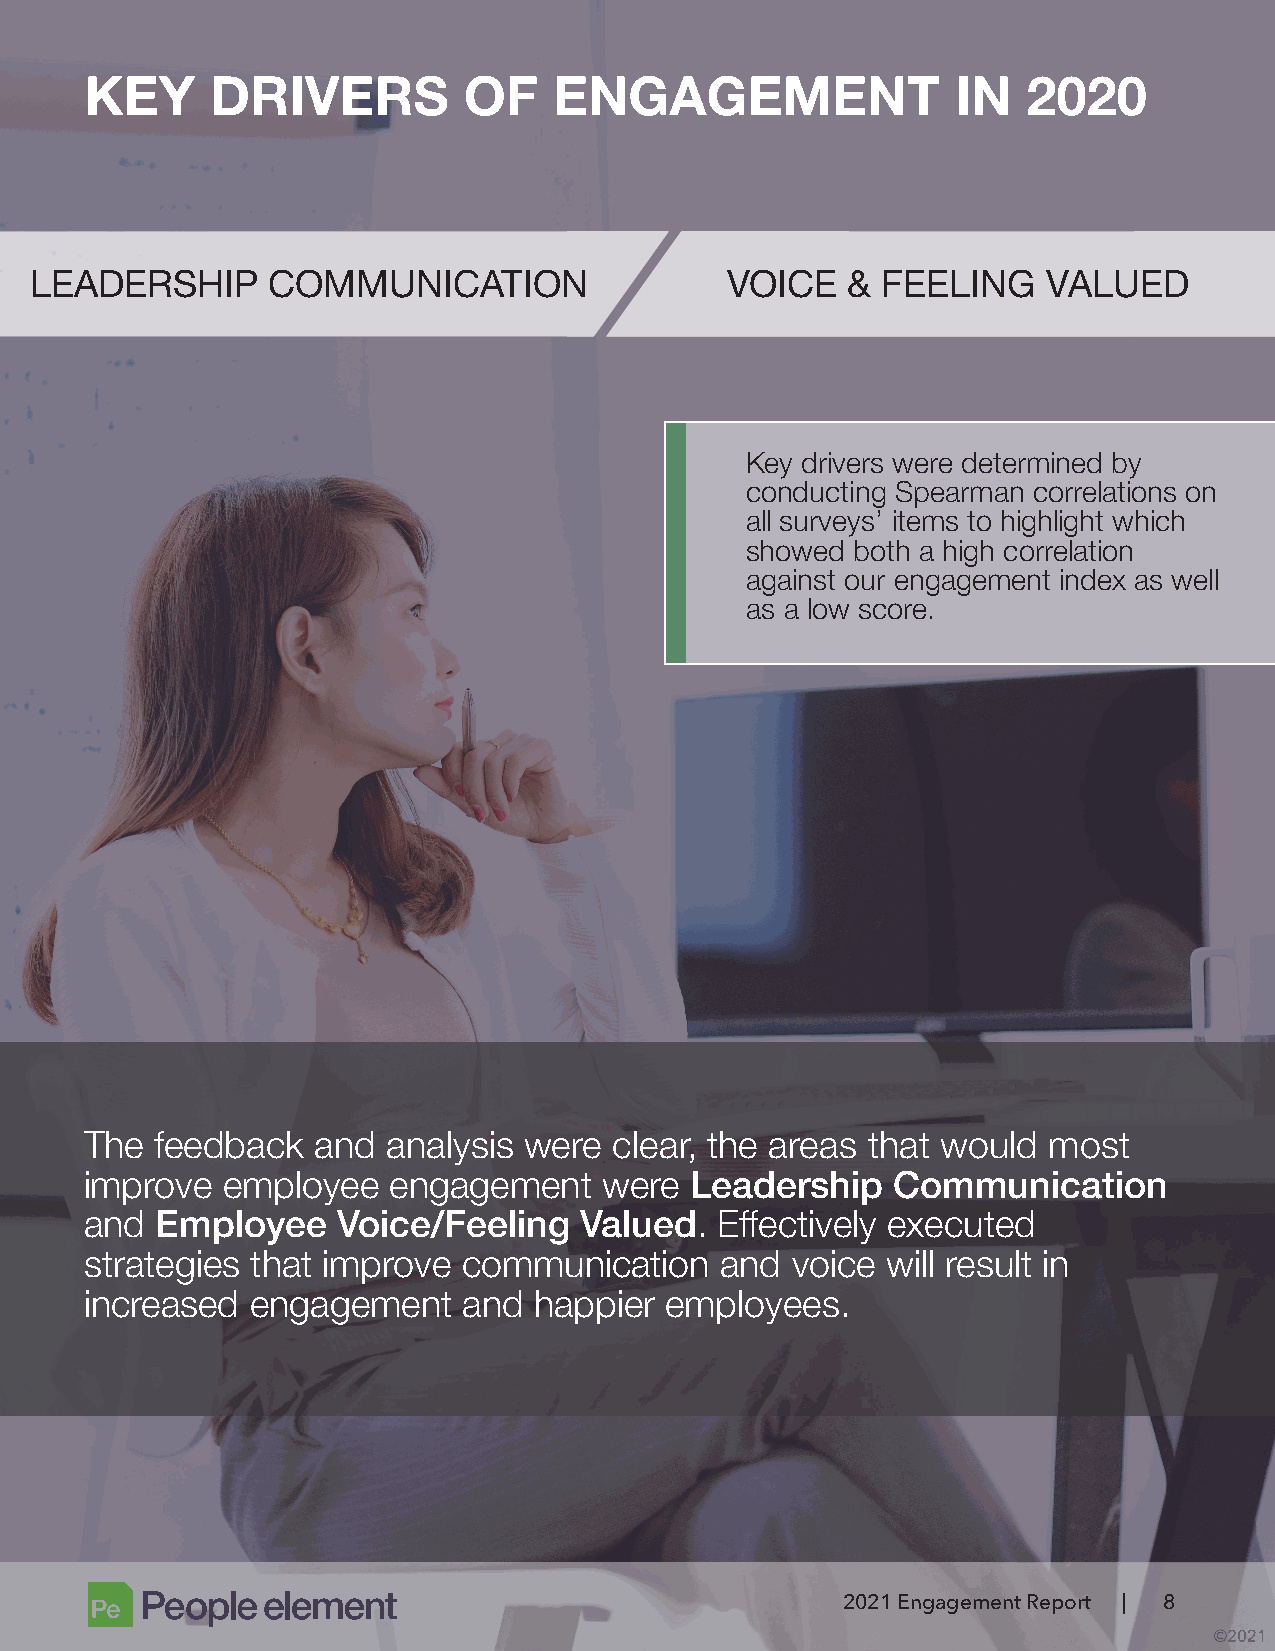
KEY     DRIVERS          OF    ENGAGEMENT                IN   2020
 LEADERSHIP      COMMUNICATION                 VOICE   & FEELING    VALUED
 Key drivers were determined by
 conducting Spearman correlations on
 all surveys’ items to highlight which
 showed  both a high correlation
 against our engagement index as well
 as a low score.
 The feedback   and  analysis were  clear, the areas that would most
 improve  employee   engagement    were  Leadership   Communication
 and Employee    Voice/Feeling   Valued.   Effectively executed
 strategies that improve  communication    and voice  will result in
 increased  engagement    and happier  employees.
 2021 Engagement Report | 8
 ©2021